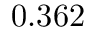
0 . 3 6 2